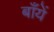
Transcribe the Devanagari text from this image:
बाँयें